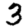
Digit: 3